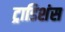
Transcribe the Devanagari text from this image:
ट्राडिशंस